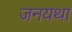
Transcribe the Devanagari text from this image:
जनयथा